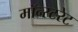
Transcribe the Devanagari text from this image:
मॉन्स्टरेट